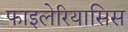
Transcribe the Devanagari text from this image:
फाइलेरियासिस